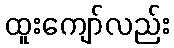
ထူးကျော်လည်း